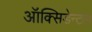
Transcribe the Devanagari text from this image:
ऑक्सिडेन्टल